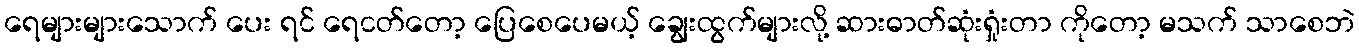
ရေများများသောက် ပေး ရင် ရေငတ်တော့ ပြေစေပေမယ့် ချွေးထွက်များလို့ ဆားဓာတ်ဆုံးရှုံးတာ ကိုတော့ မသက် သာစေဘဲ